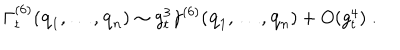
LaTeX: \Gamma _ { t } ^ { ( 6 ) } ( { \bf { q } } _ { 1 } , \ldots , { \bf { q } } _ { n } ) \sim g _ { t } ^ { 3 } \gamma ^ { ( 6 ) } ( { \bf { q } } _ { 1 } , \ldots , { \bf { q } } _ { n } ) + O ( g _ { t } ^ { 4 } ) \; .